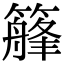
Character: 𥴣